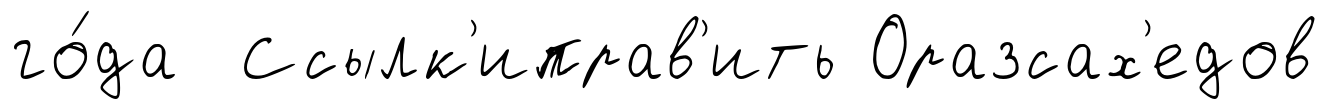
го́да Ссылк'иправ'ить Оразсах'едов